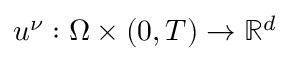
u ^ { \nu } : \Omega \times ( 0 , T ) \to \mathbb { R } ^ { d }